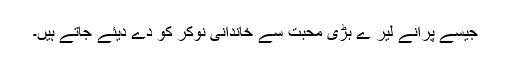
جیسے پرانے لیر ے بڑی محبت سے خاندانی نوکر کو دے دیئے جاتے ہیں۔